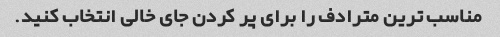
مناسب ترین مترادف را برای پر کردن جای خالی انتخاب کنید.